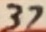
Text: 37